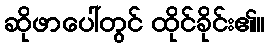
ဆိုဖာပေါ်တွင် ထိုင်ခိုင်း၏။